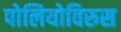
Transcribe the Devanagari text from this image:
पोलियोविरुस